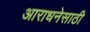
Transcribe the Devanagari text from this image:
आराधनेसाठी